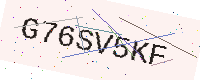
Text: G76SV5KF